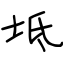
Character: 坻